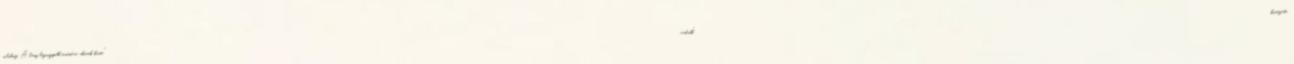
sulihoz. A lány legnagyobb örömére, akinek kissé "vadabb" kinézete